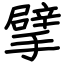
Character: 擘